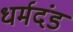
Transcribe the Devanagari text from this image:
धर्मदंड